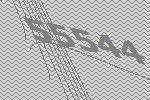
55544